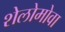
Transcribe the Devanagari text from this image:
शेलोमोवा